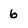
Character: 6